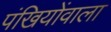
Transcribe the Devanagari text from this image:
पंखियोंवाला